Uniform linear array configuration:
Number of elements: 64
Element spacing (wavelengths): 1
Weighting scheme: kaiser
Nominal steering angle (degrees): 0
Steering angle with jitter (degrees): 1.914
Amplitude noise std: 0.05
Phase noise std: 0.05

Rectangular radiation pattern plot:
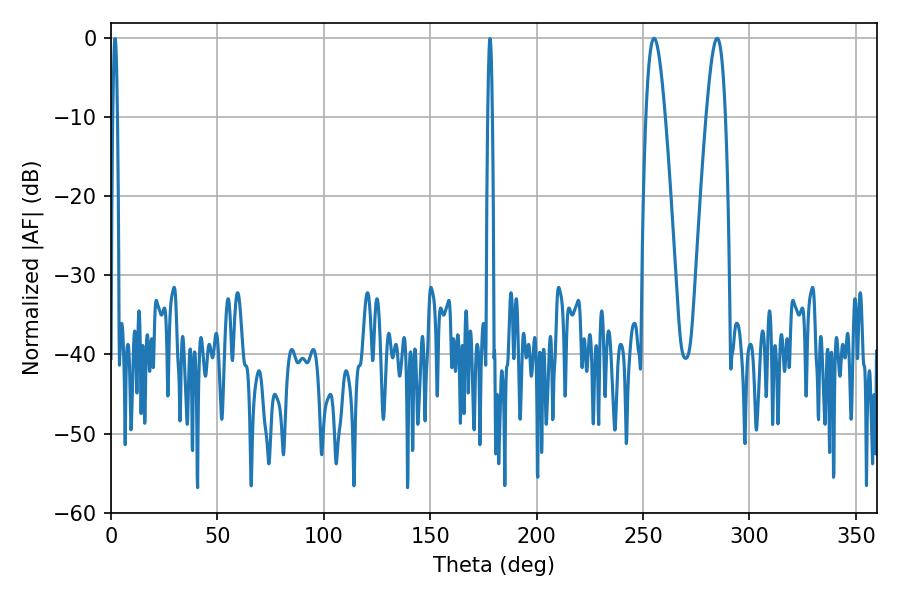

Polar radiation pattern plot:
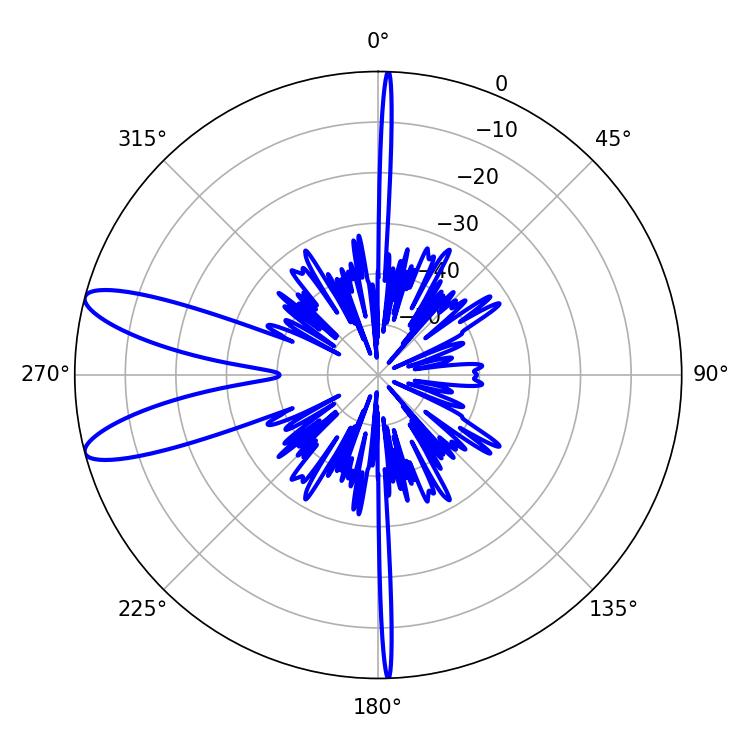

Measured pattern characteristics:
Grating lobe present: TRUE
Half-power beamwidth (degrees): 4.86
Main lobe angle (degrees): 255.24